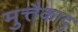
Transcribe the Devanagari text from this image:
मुत्तैकादु